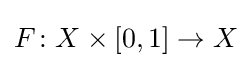
F\colon X\times [0,1]\to X